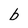
Character: b